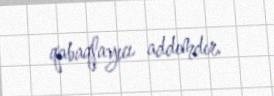
qabaqlayıcı addımdır.